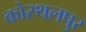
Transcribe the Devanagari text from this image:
कोस्थलपुर